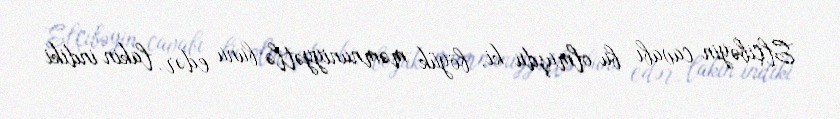
Elçibəyin cavabı bu olmuşdu ki, böyük məmnuniyyətlə bunu edər, lakin indiki